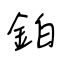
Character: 鉑